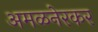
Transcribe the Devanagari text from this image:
अमळनेरकर